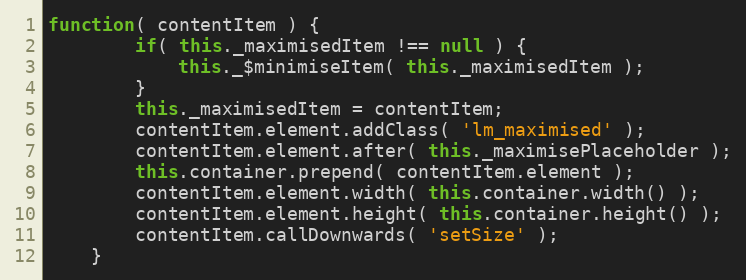
Language: JavaScript
function( contentItem ) {
		if( this._maximisedItem !== null ) {
			this._$minimiseItem( this._maximisedItem );
		}
		this._maximisedItem = contentItem;
		contentItem.element.addClass( 'lm_maximised' );
		contentItem.element.after( this._maximisePlaceholder );
		this.container.prepend( contentItem.element );
		contentItem.element.width( this.container.width() );
		contentItem.element.height( this.container.height() );
		contentItem.callDownwards( 'setSize' );
	}